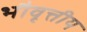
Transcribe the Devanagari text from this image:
भौवृत्तीय